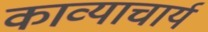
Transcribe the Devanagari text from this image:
काव्याचार्य